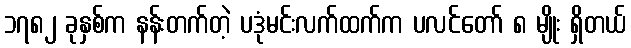
၁၇၈၂ ခုနှစ်က နန်းတက်တဲ့ ပဒုံမင်းလက်ထက်က ပလင်တော် ၈ မျိုး ရှိတယ်